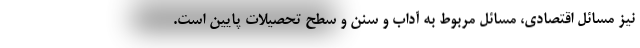
نیز مسائل اقتصادی، مسائل مربوط به آداب و سنن و سطح تحصیلات پایین است.